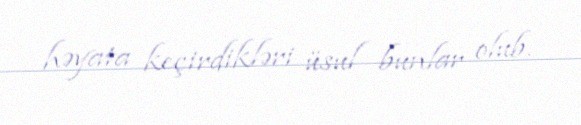
həyata keçirdikləri üsul bunlar olub.